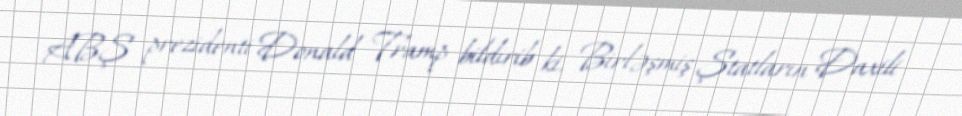
ABŞ prezidenti Donald Tramp bildirib ki, Birləşmiş Ştatların Daxili